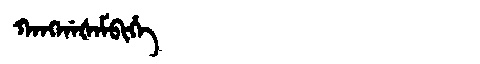
Manchu: ᡴᠠᠩᡤᠠᡧᠠᠮᠪᡳᡥᡝ
Romanization: KANGGAŠAMBIHE